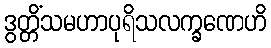
ဒွတ္တိံသမဟာပုရိသလက္ခဏေဟိ